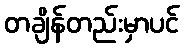
တချိန်တည်းမှာပင်